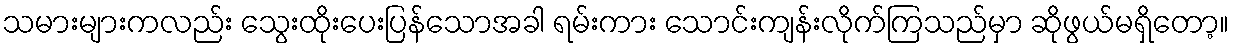
သမားများကလည်း သွေးထိုးပေးပြန်သောအခါ ရမ်းကား သောင်းကျန်းလိုက်ကြသည်မှာ ဆိုဖွယ်မရှိတော့။